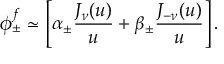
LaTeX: \phi _ { \pm } ^ { f } \simeq \left[ \alpha _ { \pm } { \frac { J _ { \nu } ( u ) } { u } } + \beta _ { \pm } { \frac { J _ { - \nu } ( u ) } { u } } \right] .